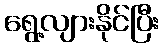
ရွေ့လျားနိုင်ပြီး